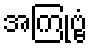
အကြုဗ္ဗံ